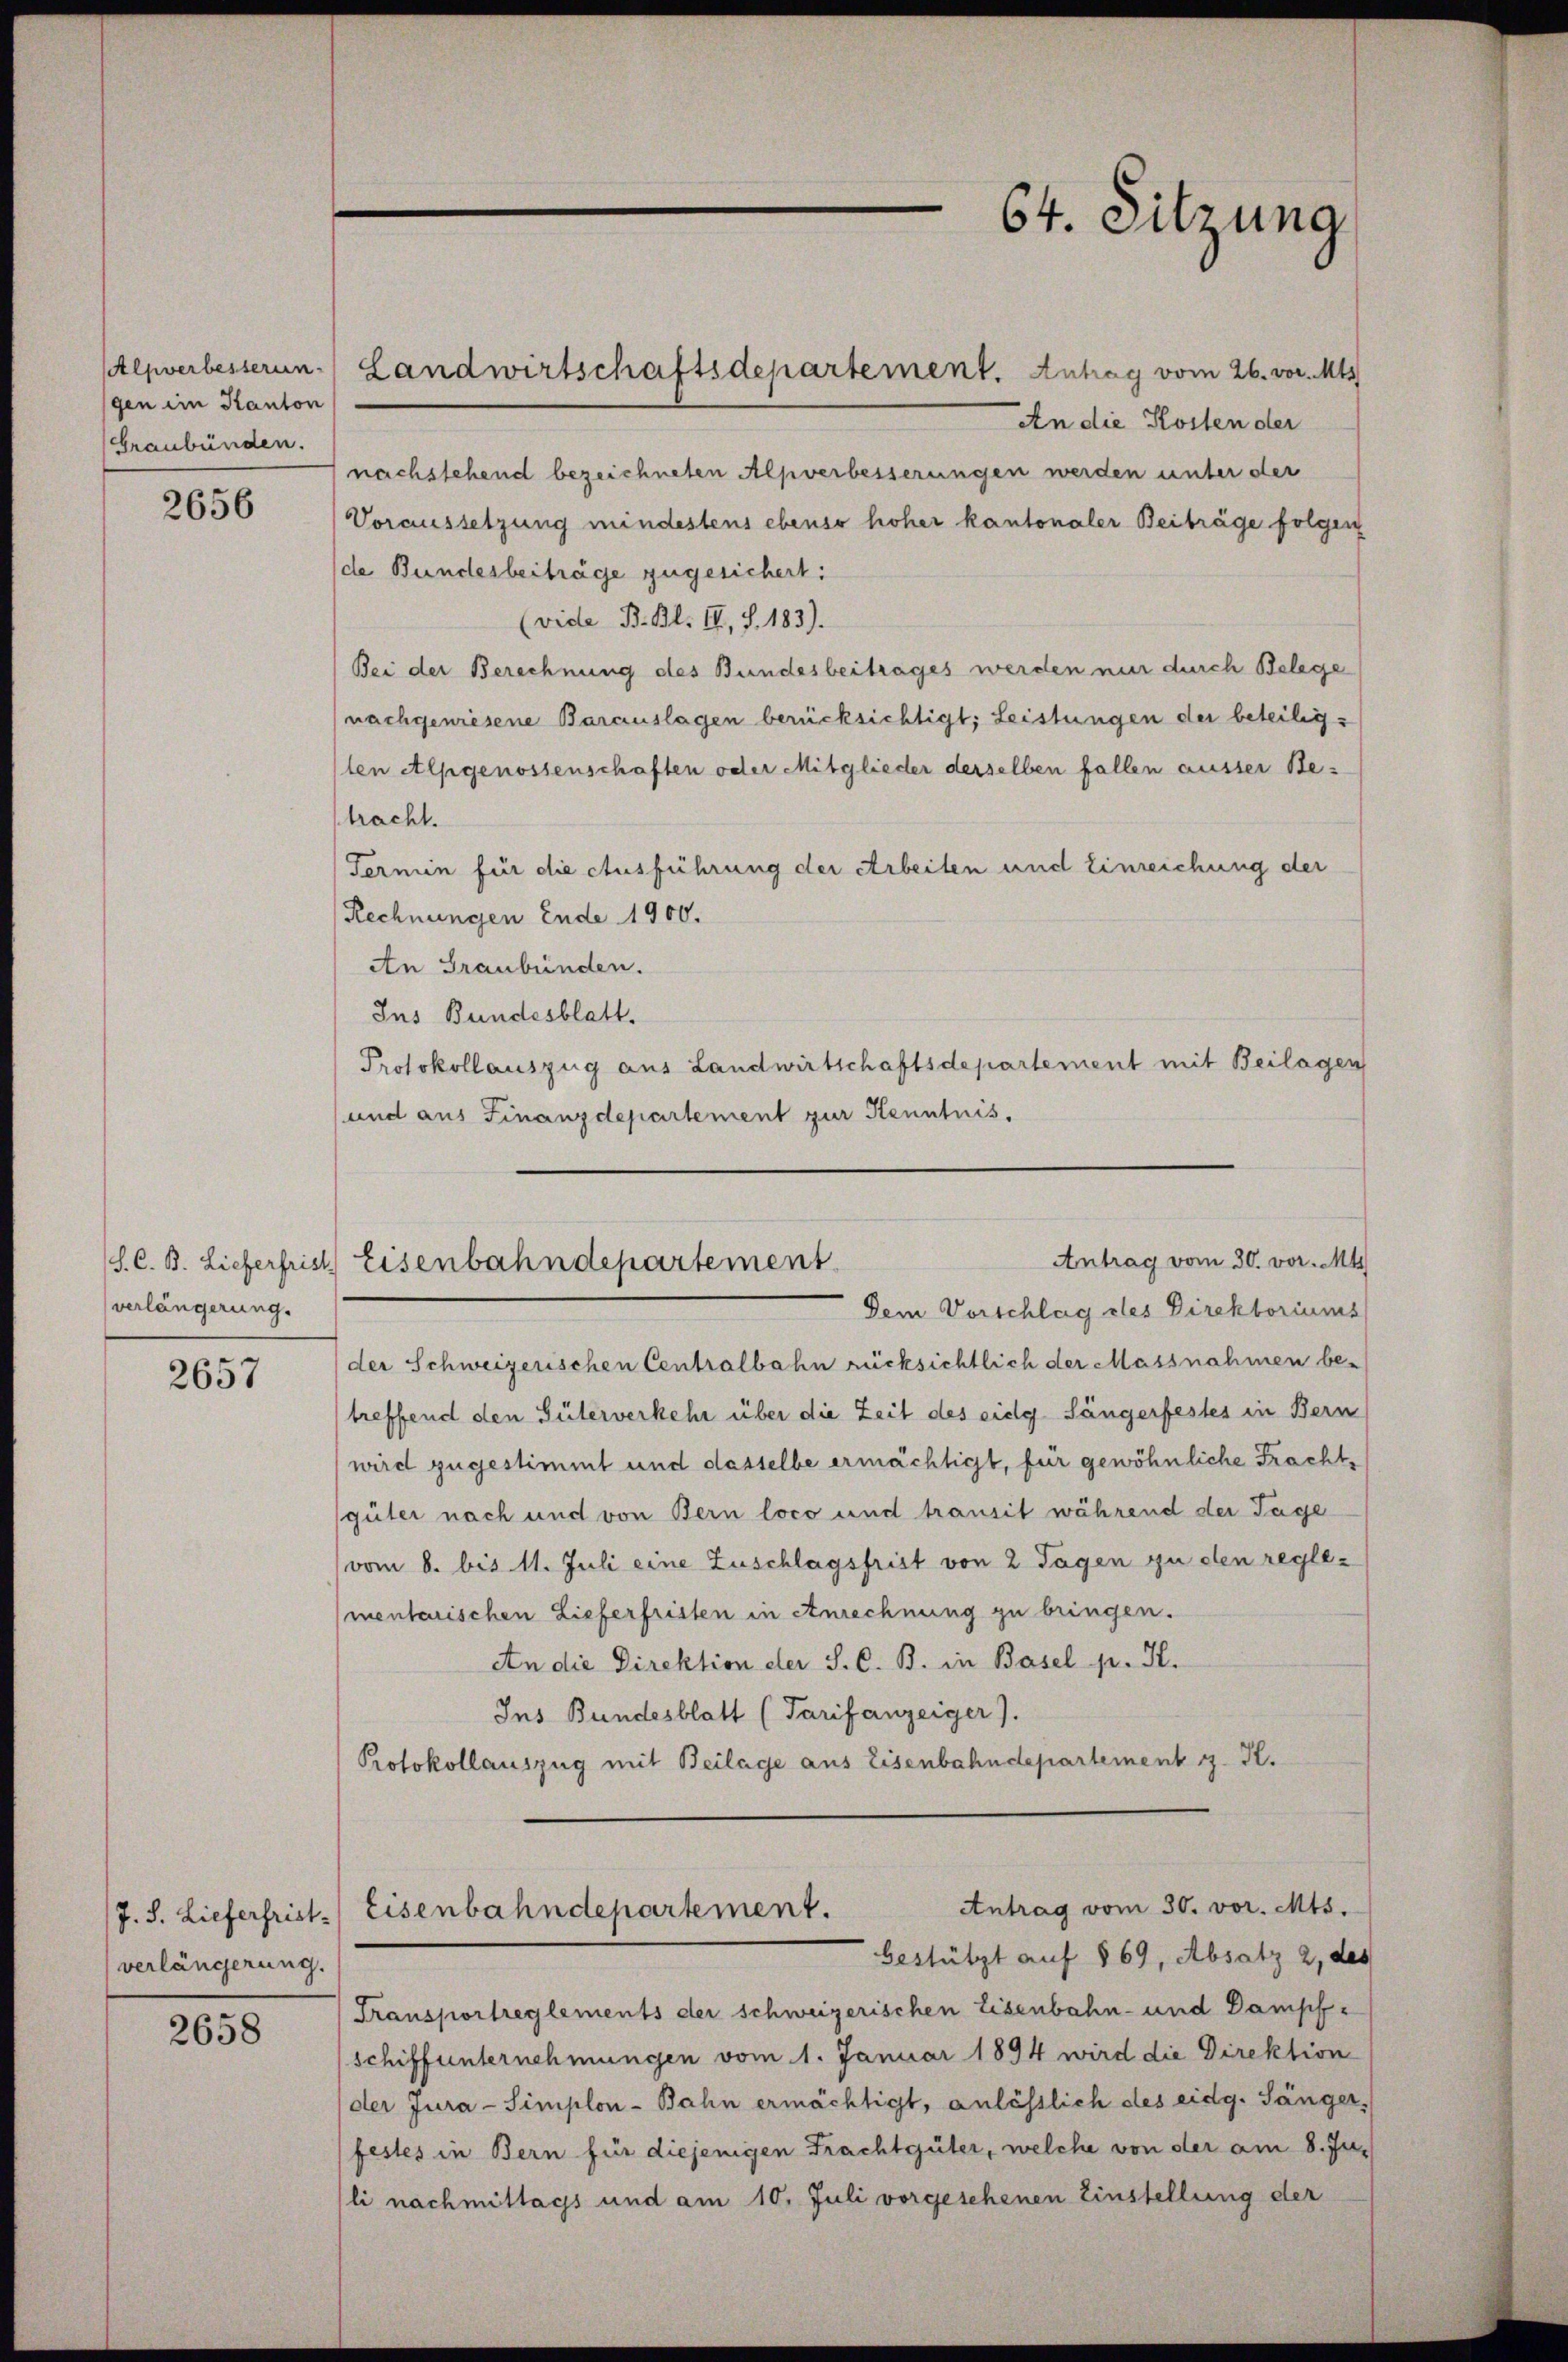
Alpverbesserun
gen im Kanton
Graubünden.

2656

S. C. B. Lieferfris
verlängerung.

2657

verlängerung.

2658

Landwirtschaftsdepartement. Antrag vom 26. vor. Mts
An die Kosten der
nachstehend bezeichneten Alpverbesserungen werden unter der
Voraussetzung mindestens ebenso hoher kantonaler Beiträge folgen
de Bundesbeiträge zugesichert:
(vide B. Bl. II, S. 183).
Bei der Berechnung des Bundesbeitrages werden nur durch Belege
(nachgewiesene Barauslagen berücksichtigt; Leistungen der beteiligten Alpgenossenschaften oder Mitglieder derselben fallen ausser Be-
tracht.
Fermin für die Ausführung der Arbeiten und Einreichung der
Rechnungen Ende 1900.
An Graubünden.
Ins Bundesblatt.
Protokollauszug aus Landwirtschaftsdepartement mit Beilagen
und aus Finanzdepartement zur Kenntnis.
Antrag vom 30. vor. Mt
Eisenbahndepartement
Dem Vorschlag des Direktoriums
der Schweizerischen Centralbahn rücksichtlich der Massnahmen be-
treffend den Güterverkehr über die Zeit des eidg. Sängerfestes in Bern
wird zugestimmt und dasselbe ermächtigt, für gewöhnliche Frachtgüter nach und von Bern loco und transit während der Tage
vom 8. bis 11. Juli eine Zuschlagsfrist von 2 Tagen zu den reglementarischen Lieferfristen in Anrechnung zu bringen.
An die Direktion der S. C. B. in Basel pr. K.
Ins Bundesblatt (Tarifanzeiger).
Protokollauszug mit Beilage aus Eisenbahndepartement z. B.

64. Sitzung

Antrag vom 30. vor. Mts.
J. S. Lieferfrist. Eisenbahndepartement.
bestützt auf 869, Absatz 2, des

Transportreglements der schweizerischen Eisenbahn- und Dampfschiffunternehmungen vom 1. Januar 1894 wird die Direktion
der Jura-Simplon-Bahn ermächtigt, anlässlich des eidg. Sänger,
festes in Bern für diejenigen Frachtgüter, welche von der am 8. Juli nachmittags und am 10. Juli vorgesehenen Einstellung der